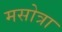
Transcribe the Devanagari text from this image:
मसोत्रा